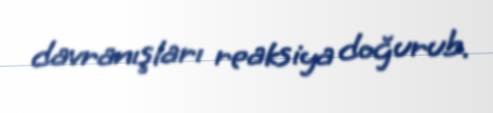
davranışları reaksiya doğurub.